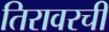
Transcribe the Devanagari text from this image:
तिरावरची